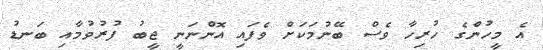
އެ މީހުންގެ ހުރިހާ ވެސް ބޭނުމަކަށް ވެފައި އޮންނަނީ ޖީބު ފުރުވުމާއި ބަނޑު